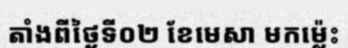
តាំងពីថ្ងៃទី០២ ខែមេសា មកម្ល៉េះ